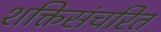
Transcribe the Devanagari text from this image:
शक्तिसंचरित